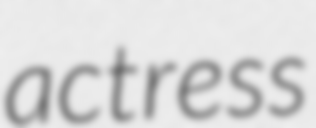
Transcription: actress